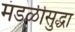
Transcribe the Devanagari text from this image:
मंडळीसुद्धा